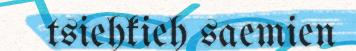
tsiehkieh saemien